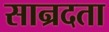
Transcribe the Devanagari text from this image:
सान्रदता